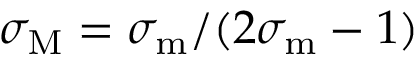
\sigma _ { \mathrm { M } } = \sigma _ { \mathrm { m } } / ( 2 \sigma _ { \mathrm { m } } - 1 )